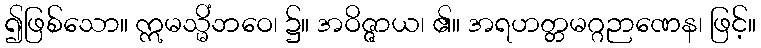
၍ဖြစ်သော။ ဣမသ္မိံဘဝေ၊ ၌။ အဝိဇ္ဇာယ၊ ၏။ အရဟတ္တမဂ္ဂဉာဏေန၊ ဖြင့်။